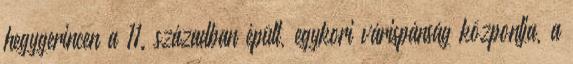
hegygerincen a 11. században épült, egykori várispánság központja, a